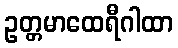
ဥတ္တမာထေရီဂါထာ